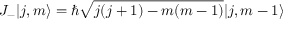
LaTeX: J _ { - } | j , m \rangle = \hbar { \sqrt { j ( j + 1 ) - m ( m - 1 ) } } | j , m - 1 \rangle